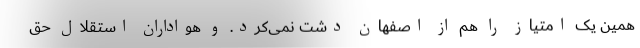
همین یک امتیاز را هم از اصفهان دشت نمی‌کرد. و هواداران استقلال حق